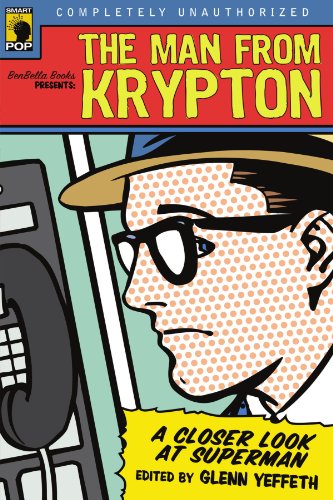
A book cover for The Man from Krypton: A Closer Look at Superman (Smart Pop series); Science Fiction & Fantasy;